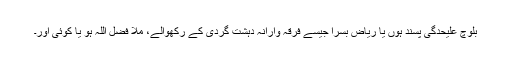
بلوچ علیحدگی پسند ہوں یا ریاض بسرا جیسے فرقہ وارانہ دہشت گردی کے رکھوالے، ملا فضل اللہ ہو یا کوئی اور۔